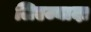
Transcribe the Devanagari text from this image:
लिएज्यादा